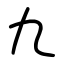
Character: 九